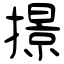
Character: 撔